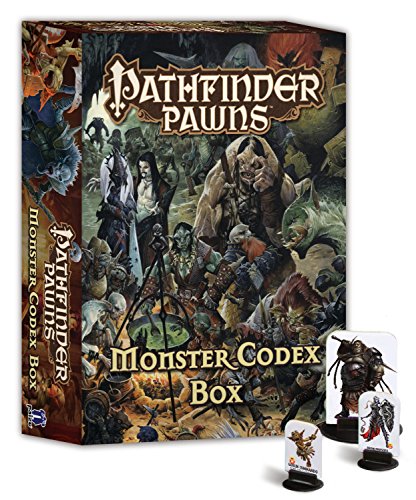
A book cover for Pathfinder Pawns: Monster Codex Box; Paizo Publishing; Science Fiction & Fantasy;